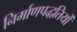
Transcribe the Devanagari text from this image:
निर्माणपद्धतियों